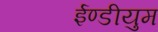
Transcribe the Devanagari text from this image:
ईण्डीयुम